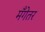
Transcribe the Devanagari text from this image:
मँगेतर